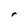
Character: r